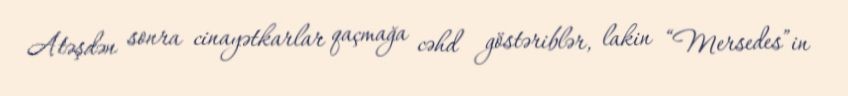
Atəşdən sonra cinayətkarlar qaçmağa cəhd göstəriblər, lakin “Mersedes”in